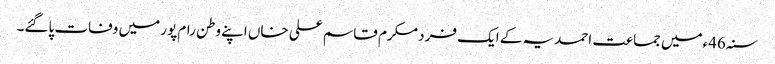
سنہ46ءمیں جماعت احمدیہ کے ایک فرد مکرم قاسم علی خاں اپنے وطن رام پور میں وفات پاگئے۔